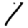
Digit: 1